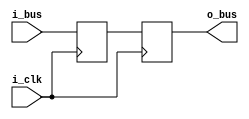
`timescale 1 ns / 1 ps

module libhdl_sync_bus
#(  parameter W = 32,
    parameter NFF = 2,
    parameter INIT_VAL = {W{1'b0}})
(   input  wire         i_clk,
    input  wire [W-1:0] i_bus,
    output wire [W-1:0] o_bus);

(* ASYNC_REG = "TRUE" *)
reg [W-1:0] sync_ff [NFF-1:0];

integer i;
initial begin
    for (i = 0; i < NFF; i = i + 1) sync_ff[i] = INIT_VAL;
end

always @ (posedge i_clk)
begin
    sync_ff[0] <= i_bus;
    for (i = 1; i < NFF; i = i + 1) begin
        sync_ff[i] <= sync_ff[i-1];
    end
end

assign o_bus = sync_ff[NFF-1];

endmodule